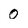
Character: 0